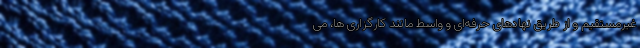
غیرمستقیم و از طریق نهادهای حرفه‌ای و واسط مانند کارگزاری ها، می‌